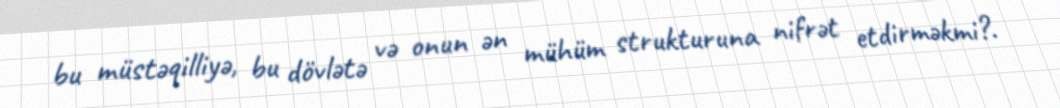
bu müstəqilliyə, bu dövlətə və onun ən mühüm strukturuna nifrət etdirməkmi?.